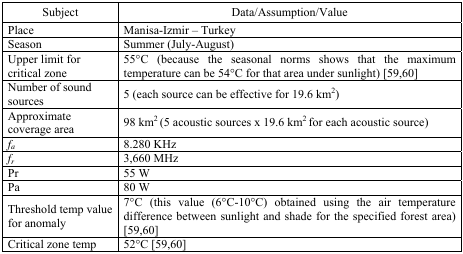
<table><thead><tr><td><b>Subject</b></td><td><b>Data/Assumption/Value</b></td></tr></thead><tbody><tr><td>Place</td><td>Manisa-Izmir – Turkey</td></tr><tr><td>Season</td><td>Summer (July–August)</td></tr><tr><td>Upper limit for critical zone</td><td>55°C (because the seasonal norms shows that the maximum temperature can be 54°C for that area under sunlight) [59,60]</td></tr><tr><td>Number of sound sources</td><td>5 (each source can be effective for 19.6 km<sup>2</sup>)</td></tr><tr><td>Approximate coverage area</td><td>98 km<sup>2</sup> (5 acoustic sources × 19.6 km<sup>2</sup> for each acoustic source)</td></tr><tr><td><i>f<sub>a</sub></i></td><td>8.280 KHz</td></tr><tr><td><i>f<sub>r</sub></i></td><td>3,660 MHz</td></tr><tr><td>Pr</td><td>55 W</td></tr><tr><td>Pa</td><td>80 W</td></tr><tr><td>Threshold temp value for anomaly</td><td>7°C (this value (6°C–10°C) obtained using the air temperature difference between sunlight and shade for the specified forest area) [59,60]</td></tr><tr><td>Critical zone temp</td><td>52°C [59,60]</td></tr></tbody></table>